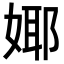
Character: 𭒅